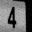
Digit: 4